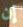
إن